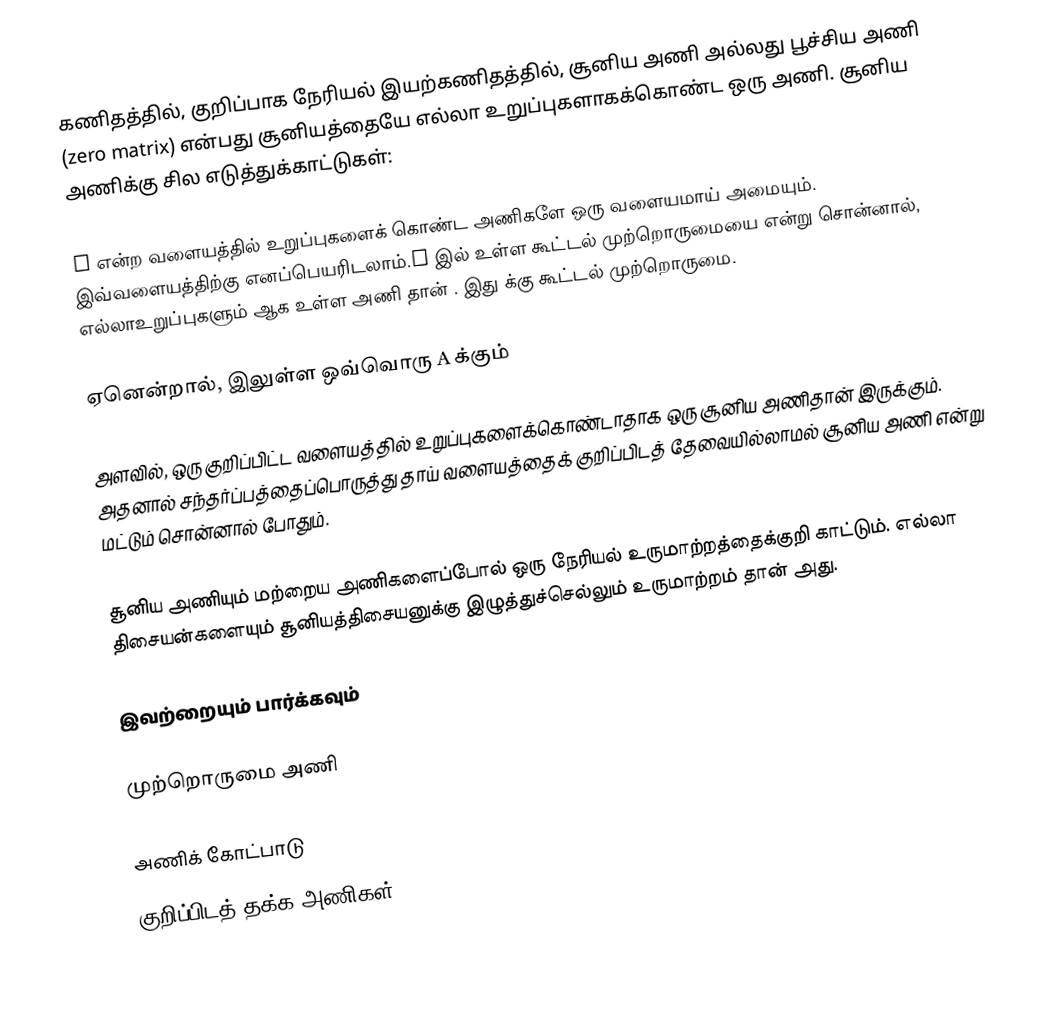
கணிதத்தில், குறிப்பாக நேரியல் இயற்கணிதத்தில்,  சூனிய அணி அல்லது பூச்சிய அணி (zero matrix) என்பது சூனியத்தையே எல்லா உறுப்புகளாகக்கொண்ட ஒரு அணி. சூனிய அணிக்கு சில எடுத்துக்காட்டுகள்:

F என்ற  வளையத்தில்  உறுப்புகளைக் கொண்ட  அணிகளே ஒரு வளையமாய் அமையும். இவ்வளையத்திற்கு  எனப்பெயரிடலாம்.F இல் உள்ள கூட்டல் முற்றொருமையை  என்று சொன்னால், எல்லாஉறுப்புகளும்  ஆக உள்ள  அணி தான் . இது   க்கு  கூட்டல் முற்றொருமை.

ஏனென்றால்,  இலுள்ள  ஒவ்வொரு   A க்கும்

 அளவில், ஒரு குறிப்பிட்ட வளையத்தில் உறுப்புகளைக்கொண்டாதாக ஒரு சூனிய அணிதான் இருக்கும். அதனால் சந்தர்ப்பத்தைப்பொருத்து  தாய் வளையத்தைக் குறிப்பிடத் தேவையில்லாமல் சூனிய அணி என்று மட்டும் சொன்னால் போதும்.

சூனிய அணியும் மற்றைய அணிகளைப்போல் ஒரு நேரியல் உருமாற்றத்தைக்குறி காட்டும். எல்லா திசையன்களையும் சூனியத்திசையனுக்கு இழுத்துச்செல்லும் உருமாற்றம் தான் அது.

இவற்றையும் பார்க்கவும்

முற்றொருமை அணி

அணிக் கோட்பாடு
குறிப்பிடத் தக்க அணிகள்